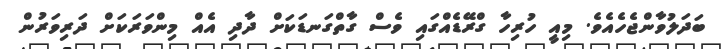
ބަދަލުވާންޖެހެއެވެ. މިއީ ހުރިހާ ގްރޭޑެއްގައި ވެސް ގާތްގަނޑަކަށް ދާދި އެއް މިންވަރަކަށް ދަރިވަރުން